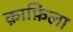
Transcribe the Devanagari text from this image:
क़ाफ़िला